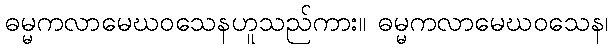
ဓမ္မကလာမေဃဝသေနဟူသည်ကား။ ဓမ္မကလာမေဃဝသေန၊